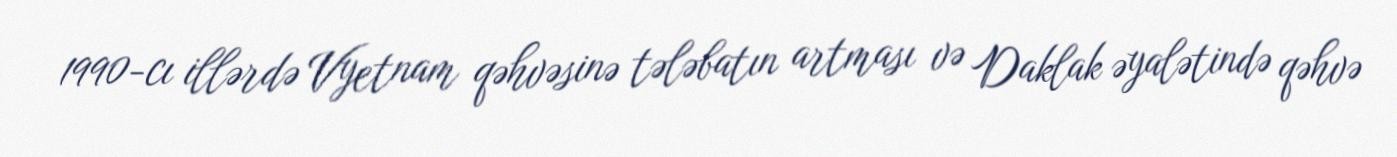
1990-cı illərdə Vyetnam qəhvəsinə tələbatın artması və Daklak əyalətində qəhvə